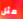
مثل